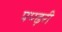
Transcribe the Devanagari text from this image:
पण्ढ़री